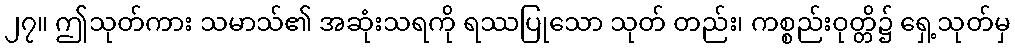
၂၇။ ဤသုတ်ကား သမာသ်၏ အဆုံးသရကို ရဿပြုသော သုတ် တည်း၊ ကစ္စည်းဝုတ္တိ၌ ရှေ့သုတ်မှ